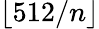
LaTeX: \lfloor 512/n\rfloor